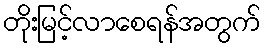
တိုးမြင့်လာစေရန်အတွက်